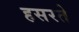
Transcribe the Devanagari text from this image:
हसरते